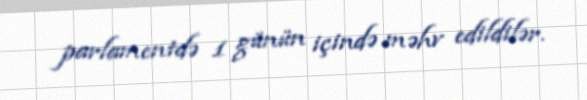
parlamentdə 1 günün içində məhv edildilər.